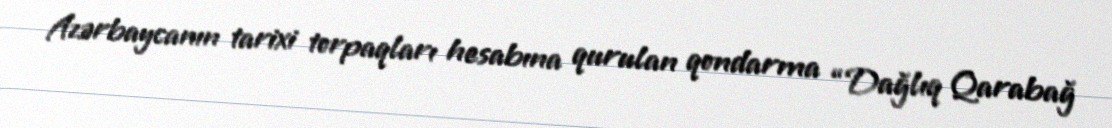
Azərbaycanın tarixi torpaqları hesabına qurulan qondarma “Dağlıq Qarabağ